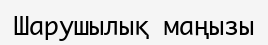
Шарушылық маңызы